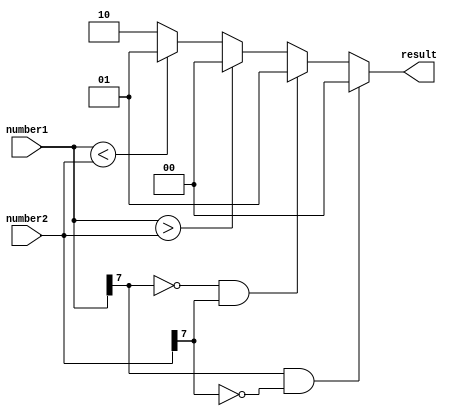
module signed_magnitude_comparator(
    input [7:0] number1,
    input [7:0] number2,
    output reg [1:0] result
);

    always @(*) begin
        if(number1[7] == 1 && number2[7] == 0) begin
            result <= 2'b00; // number1 is greater
        end else if(number1[7] == 0 && number2[7] == 1) begin
            result <= 2'b01; // number2 is greater
        end else begin
            if(number1 > number2) begin
                result <= 2'b00; // number1 is greater
            end else if(number1 < number2) begin
                result <= 2'b01; // number2 is greater
            end else begin
                result <= 2'b10; // equal
            end
        end
    end

endmodule